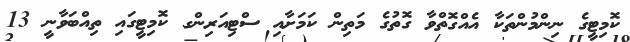
ކޮމިޓީގެ ނިންމުންތަކާ އެއްގޮތްވާ ގޮތުގެ މަތިން ކަމަށާއި ސްޓިއަރިންގ ކޮމިޓީގައި ތިއްބަވާނީ 13